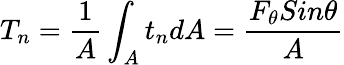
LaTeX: T_{n}=\frac{1}{A}\int_{A}^{}t_{n}dA=\frac{F_{\theta}Sin\theta}{A}